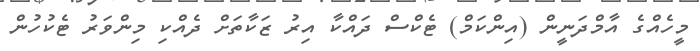
މީހެއްގެ އާމްދަނީން (އިންކަމް) ޓެކްސް ދައްކާ އިރު ޒަކާތަށް ދެއްކި މިންވަރު ޓެކުހުން